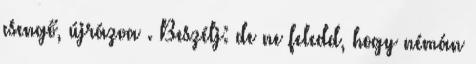
csengő, újrázva . Beszélj: de ne feledd, hogy némán